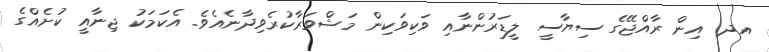
އދ. އިން ރާއްޖޭގެ ސިޔާސީ ލީޑަރުންނާއި ވަކިވަކިން މަޝްވަރާކުރެވިދާނެއެވެ. އެކަމަކު ޖިނާއީ ކުށެއްގެ